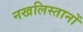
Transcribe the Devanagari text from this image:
नखलिस्तानों